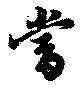
當